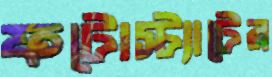
ফটোস্ট্যাটের